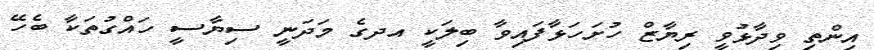
އިންތި ވިދާޅުވީ ރިޔާޒް ހުށަހަޅާފައިވާ ބިލަކީ އދގެ މަދަނީ ސިޔާސީ ހައްގުތަކާ ބެހޭ